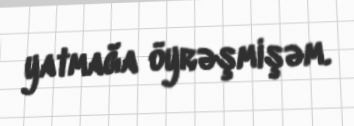
yatmağa öyrəşmişəm.